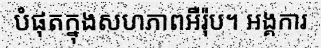
បំផុតក្នុងសហភាពអឺរ៉ុប។ អង្គការ